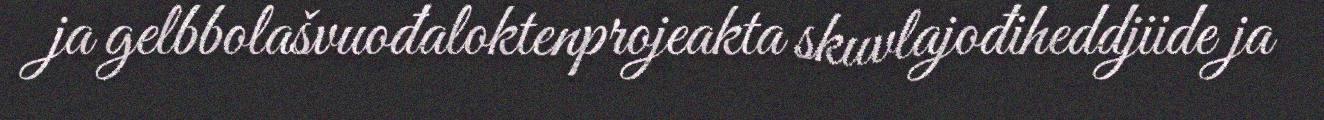
ja gelbbolašvuođaloktenprojeakta skuvlajođiheddjiide ja